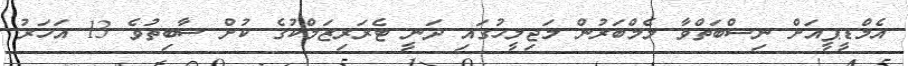
އެމްޑީޕީއަށް ނިސްބަތްވާ މެމްބަރުން މަޖިލީހުގައި ދަނީ ޓެރަރިޒަމްކުގެ ކުށް ސާބިތުވެ 13 އަހަރު